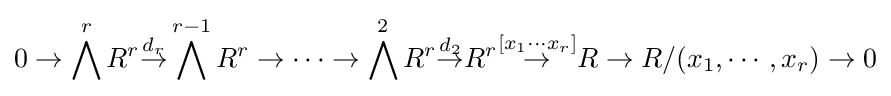
0\to \bigwedge ^{r}R^{r}{\overset {d_{r}}{\to }}\bigwedge ^{r-1}R^{r}\to \cdots \to \bigwedge ^{2}R^{r}{\overset {d_{2}}{\to }}R^{r}{\overset {[x_{1}\cdots x_{r}]}{\to }}R\to R/(x_{1},\cdots ,x_{r})\to 0